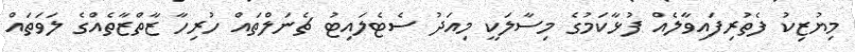
މިޔުޒިކު ފެތުރިފައިވާލެއް ފުޅާކަމުގެ މިސާލަކީ މިއަދު ސެޓެލައިޓު ޗެނަލްތައް ހުރިހާ ޒާތްޒާތެއްގެ ލަވަތައް